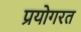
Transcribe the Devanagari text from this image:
प्रयोगरत